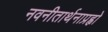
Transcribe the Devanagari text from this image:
नवनीतार्थनाप्रह्वो